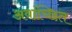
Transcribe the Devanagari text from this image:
अवांच्छित